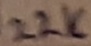
Text: 22K